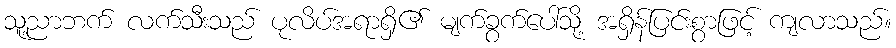
သူ့ညာဘက် လက်သီးသည် ပုလိပ်အရာရှိ၏ မျက်ခွက်ပေါ်သို့ အရှိန်ပြင်းစွာဖြင့် ကျလာသည်။